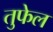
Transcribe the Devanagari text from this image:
तुफेल